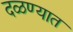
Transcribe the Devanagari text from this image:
दळण्यात